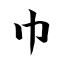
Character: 巾